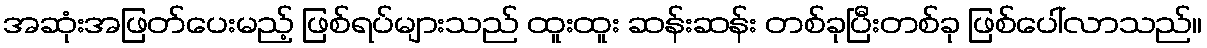
အဆုံးအဖြတ်ပေးမည့် ဖြစ်ရပ်များသည် ထူးထူး ဆန်းဆန်း တစ်ခုပြီးတစ်ခု ဖြစ်ပေါ်လာသည်။